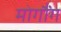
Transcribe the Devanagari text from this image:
मोगौंग